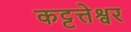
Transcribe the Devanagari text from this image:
कट्टत्तेश्वर